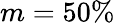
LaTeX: m=50\%